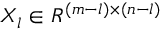
X _ { l } \in R ^ { ( m - l ) \times ( n - l ) }